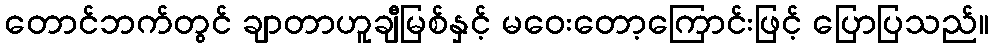
တောင်ဘက်တွင် ချာတာဟူချီမြစ်နှင့် မဝေးတော့ကြောင်းဖြင့် ပြောပြသည်။